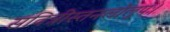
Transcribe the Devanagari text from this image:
सवित्रीस्तनलोलुपः।